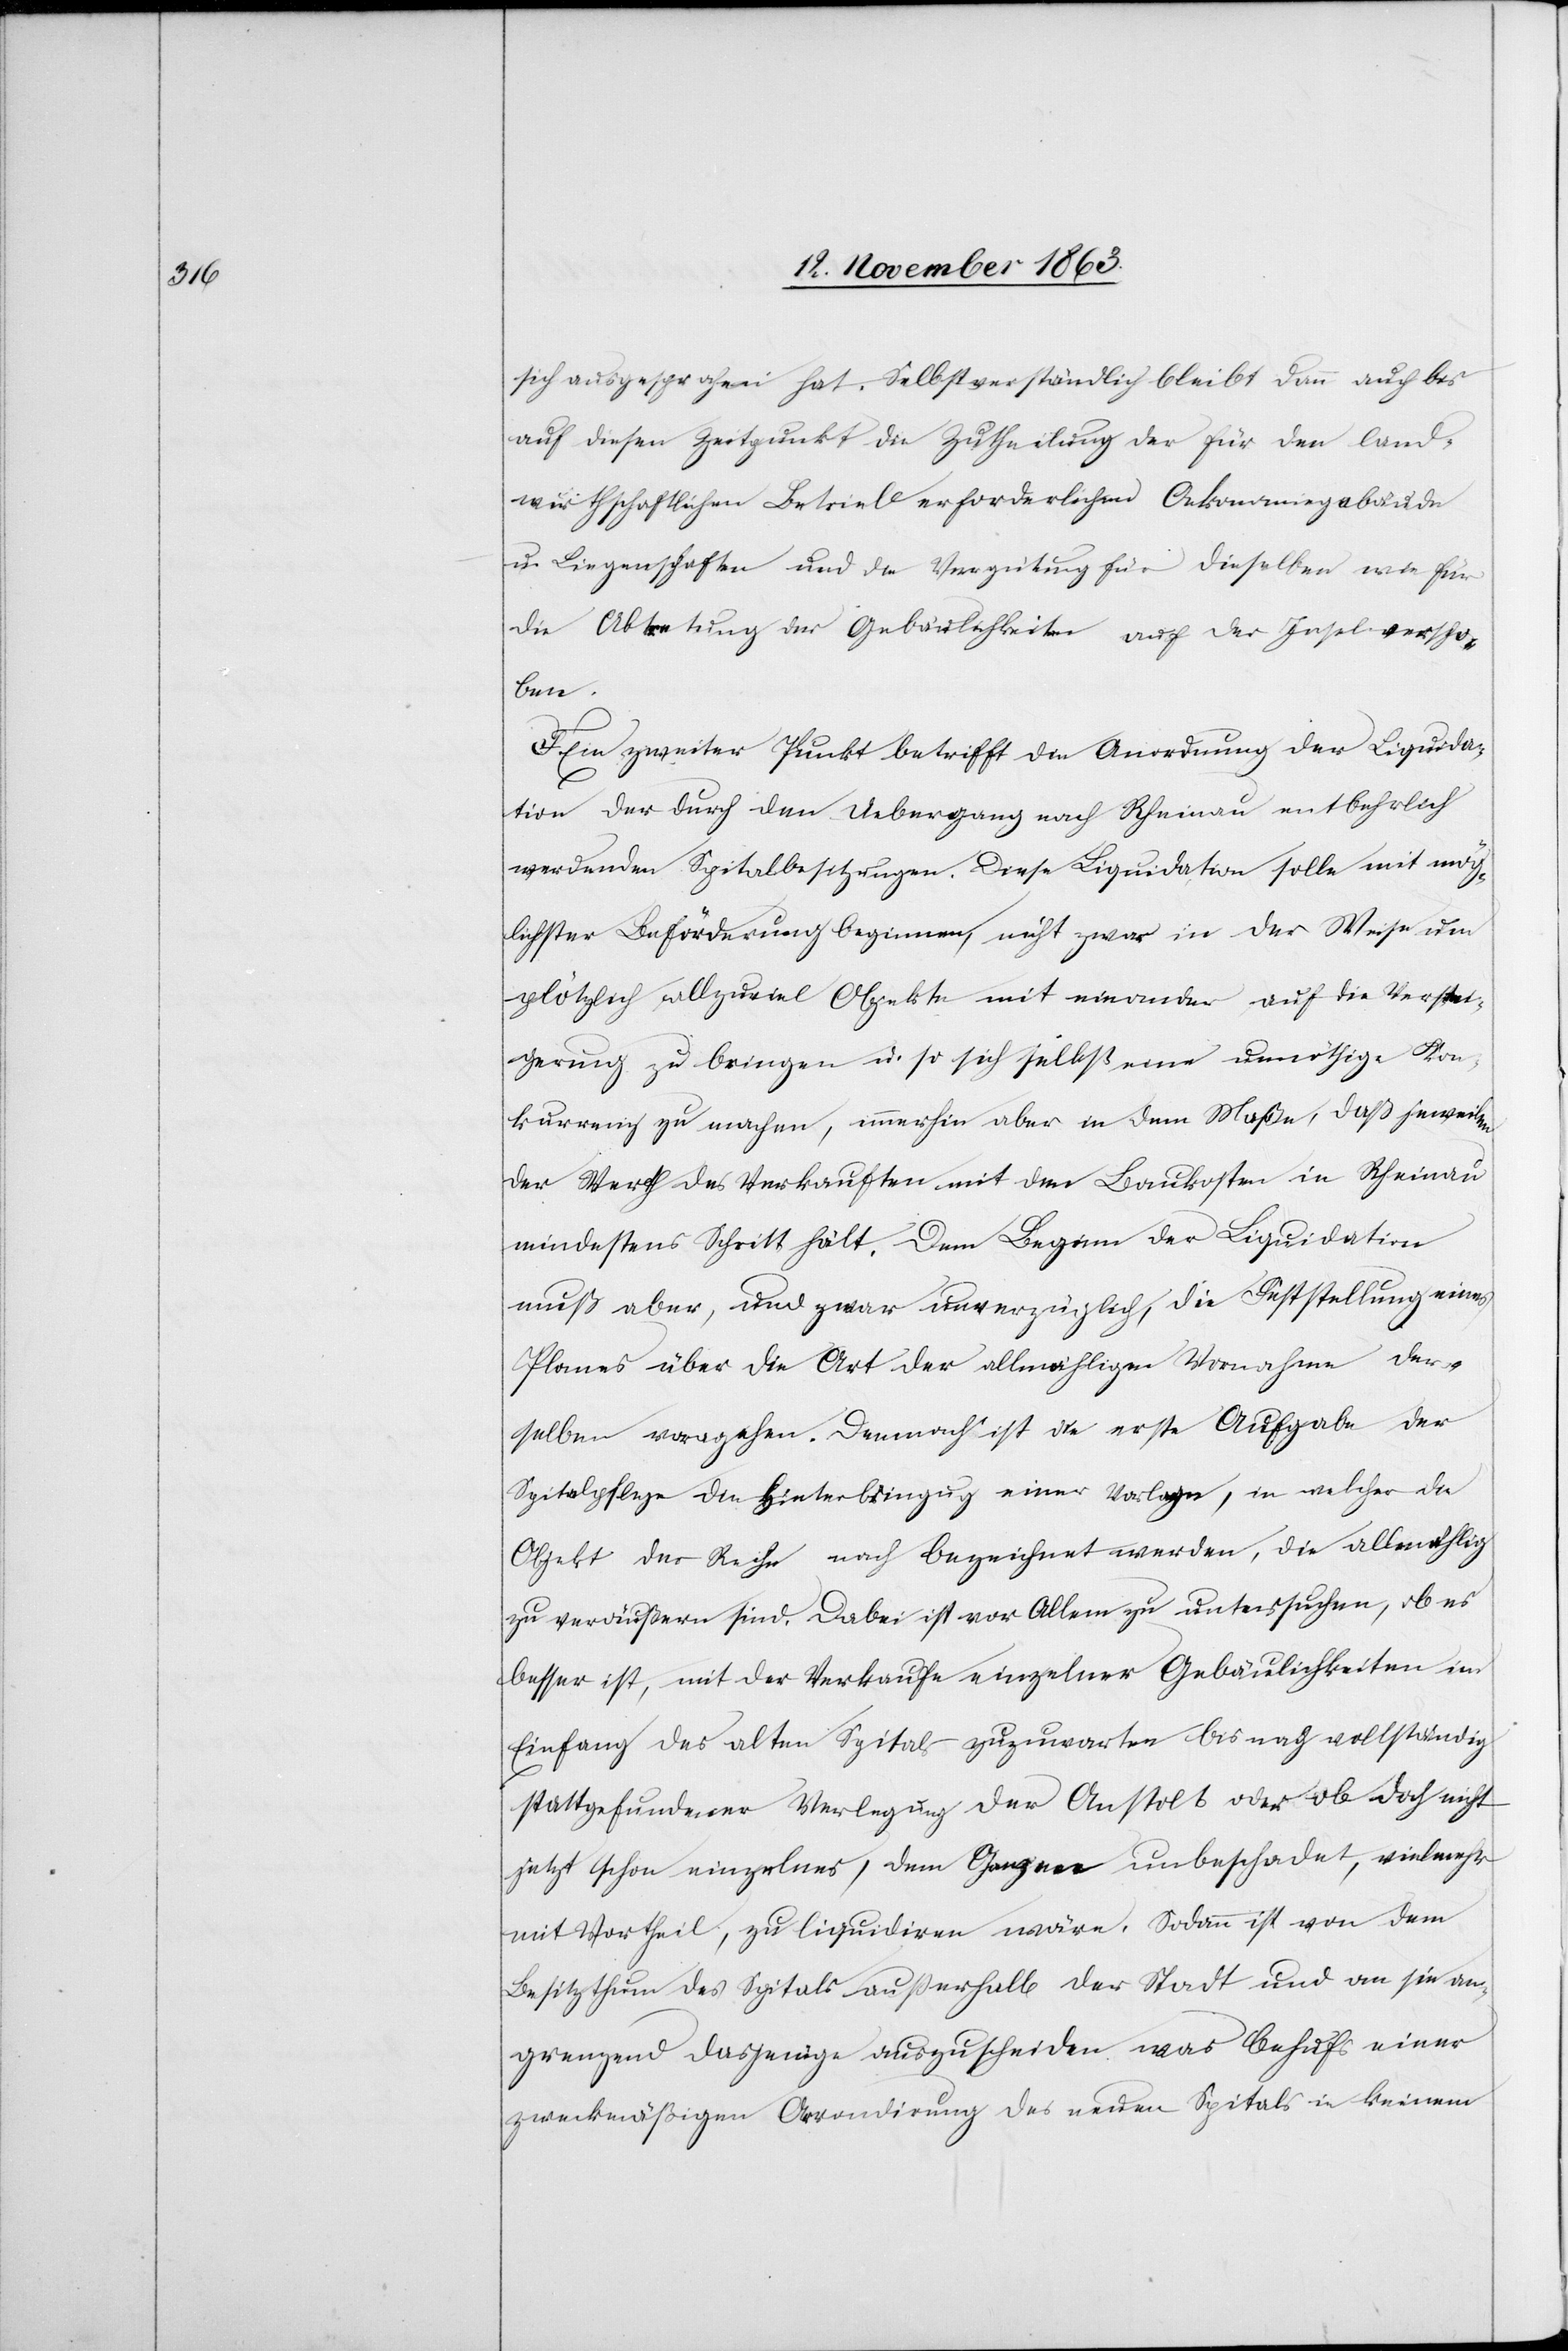
sich ausgesprochen hat. Selbstverständlich bleibt dann auch bis
auf diesen Zeitpunkt die Zutheilung der für den land¬
wirthschaftlichen Betrieb erforderlichen Oekonomiegebäude
in Liegenschaften und die Vergütung für dieselben wie für
die Abtretung der Gebäulichkeiten auf der Insel verscho¬
ben.
F. Ein zweiter Punkt betrifft die Anordnung der Liquida¬
tion der durch den Uebergang nach Rheinau entbehrlich
werdenden Spitalbesitzungen. Diese Liquidation solle mit mög¬
lichster Beförderung beginnen, nicht zwar in der Weise um
plötzlich allzuviel Objekte mit einander auf die Verstei¬
gerung zu bringen u. so sich selbst eine unnöthige Kon¬
kurrenz zu machen, immerhin aber in dem Maße, daß jeweilen
der Werth des Verkauften mit den Baukosten in Rheinau
mindestens Schritt hält. Dem Beginn der Liquidation
muß aber, und zwar unverzüglich, die Feststellung eines
Planes über die Art der allmähligen Vornahme der¬
selben vora[n]gehen. Demnach ist die erste Aufgabe der
Spitalpflege die Hinterbringu[n]g einer Vorlage, in welcher die
Objekt[e] der Reihe nach bezeichnet werden, die allmählig
zu veräußern sind. Dabei ist vor Allem zu untersuchen, ob es
besser ist, mit der Verkaufe einzelner Gebäulichkeiten im
Einfang des alten Spitals zuzuwarten bis nach vollständig
stattgefundener Verlegung der Anstalt oder ob doch nicht
jetzt schon einzelnes, dem Ganzen unbeschadet, vielmehr
mit Vortheil, zu liquidiren wäre. Sodann ist von dem
Besitzthum des Spitals außerhalb der Stadt und an sie an¬
grenzend dasjenige auszuscheiden was behufs einer
zweckmäßigen Arrondirung des neuen Spitals in keinem